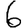
Digit: 6